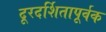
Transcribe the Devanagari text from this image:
दूरदर्शितापूर्वक